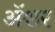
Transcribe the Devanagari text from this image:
अॅशर